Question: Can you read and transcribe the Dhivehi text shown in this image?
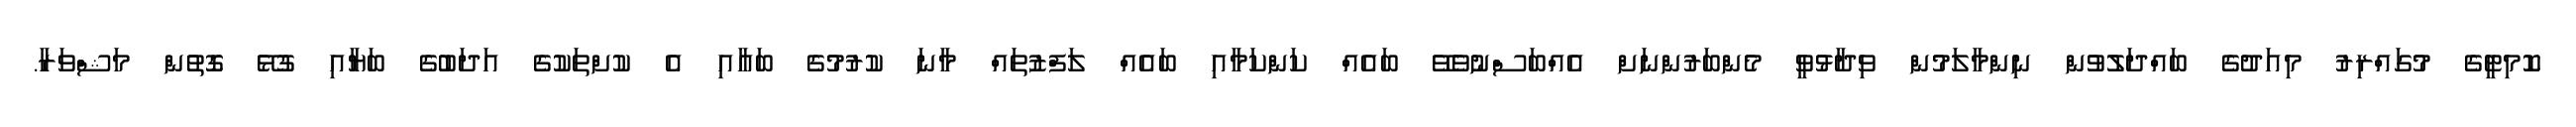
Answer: ކޮމިޓީގެ މުގައްރިރު މިއަދުގެ ބައްދަލުވުން ނިންމާލަމުން ވިދާޅުވީ މެންބަރުންނަށް އެއްބަސްނުވެވޭ ބައެއް ކަންކަމާއި ބައެއް ލަފްޒުތައް މާނަ ކުރުމުގެ ބައާއި އެ ކުށްތަކުގެ އަދަބުގެ ބަޔާއި ގުޅޭ ގޮތުން މަޝްވަރާ.